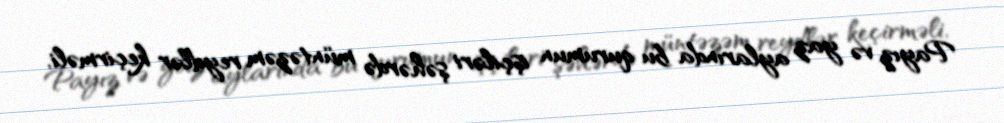
Payız və yaz aylarında bu qurumun işçiləri şəhərdə müntəzəm reydlər keçirməli,